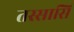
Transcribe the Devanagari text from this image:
तस्सासि